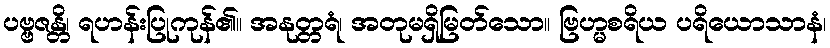
ပဗ္ဗဇန္တိ၊ ရဟန်းပြုကုန်၏။ အနုတ္တရံ၊ အတုမရှိမြတ်သော။ ဗြဟ္မစရိယ ပရိယောသာနံ၊